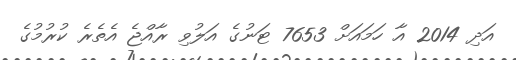
އަދި 2014 އާ ހަމައަށް 7653 ޓަނުގެ އަލުވި ރާއްޖެ އެތެރެ ކުރުމުގެ